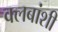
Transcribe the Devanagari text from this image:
क्लबांशी